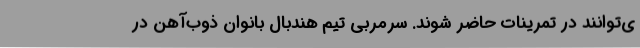
ی‌توانند در تمرینات حاضر شوند. سرمربی تیم هندبال بانوان ذوب‌آهن در